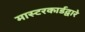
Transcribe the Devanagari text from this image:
मास्टरकार्डद्वारे